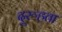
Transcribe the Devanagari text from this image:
दूरूहता